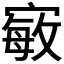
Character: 𭔍